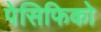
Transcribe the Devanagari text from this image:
पेसिफिको